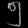
Digit: ၅